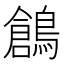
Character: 鶬